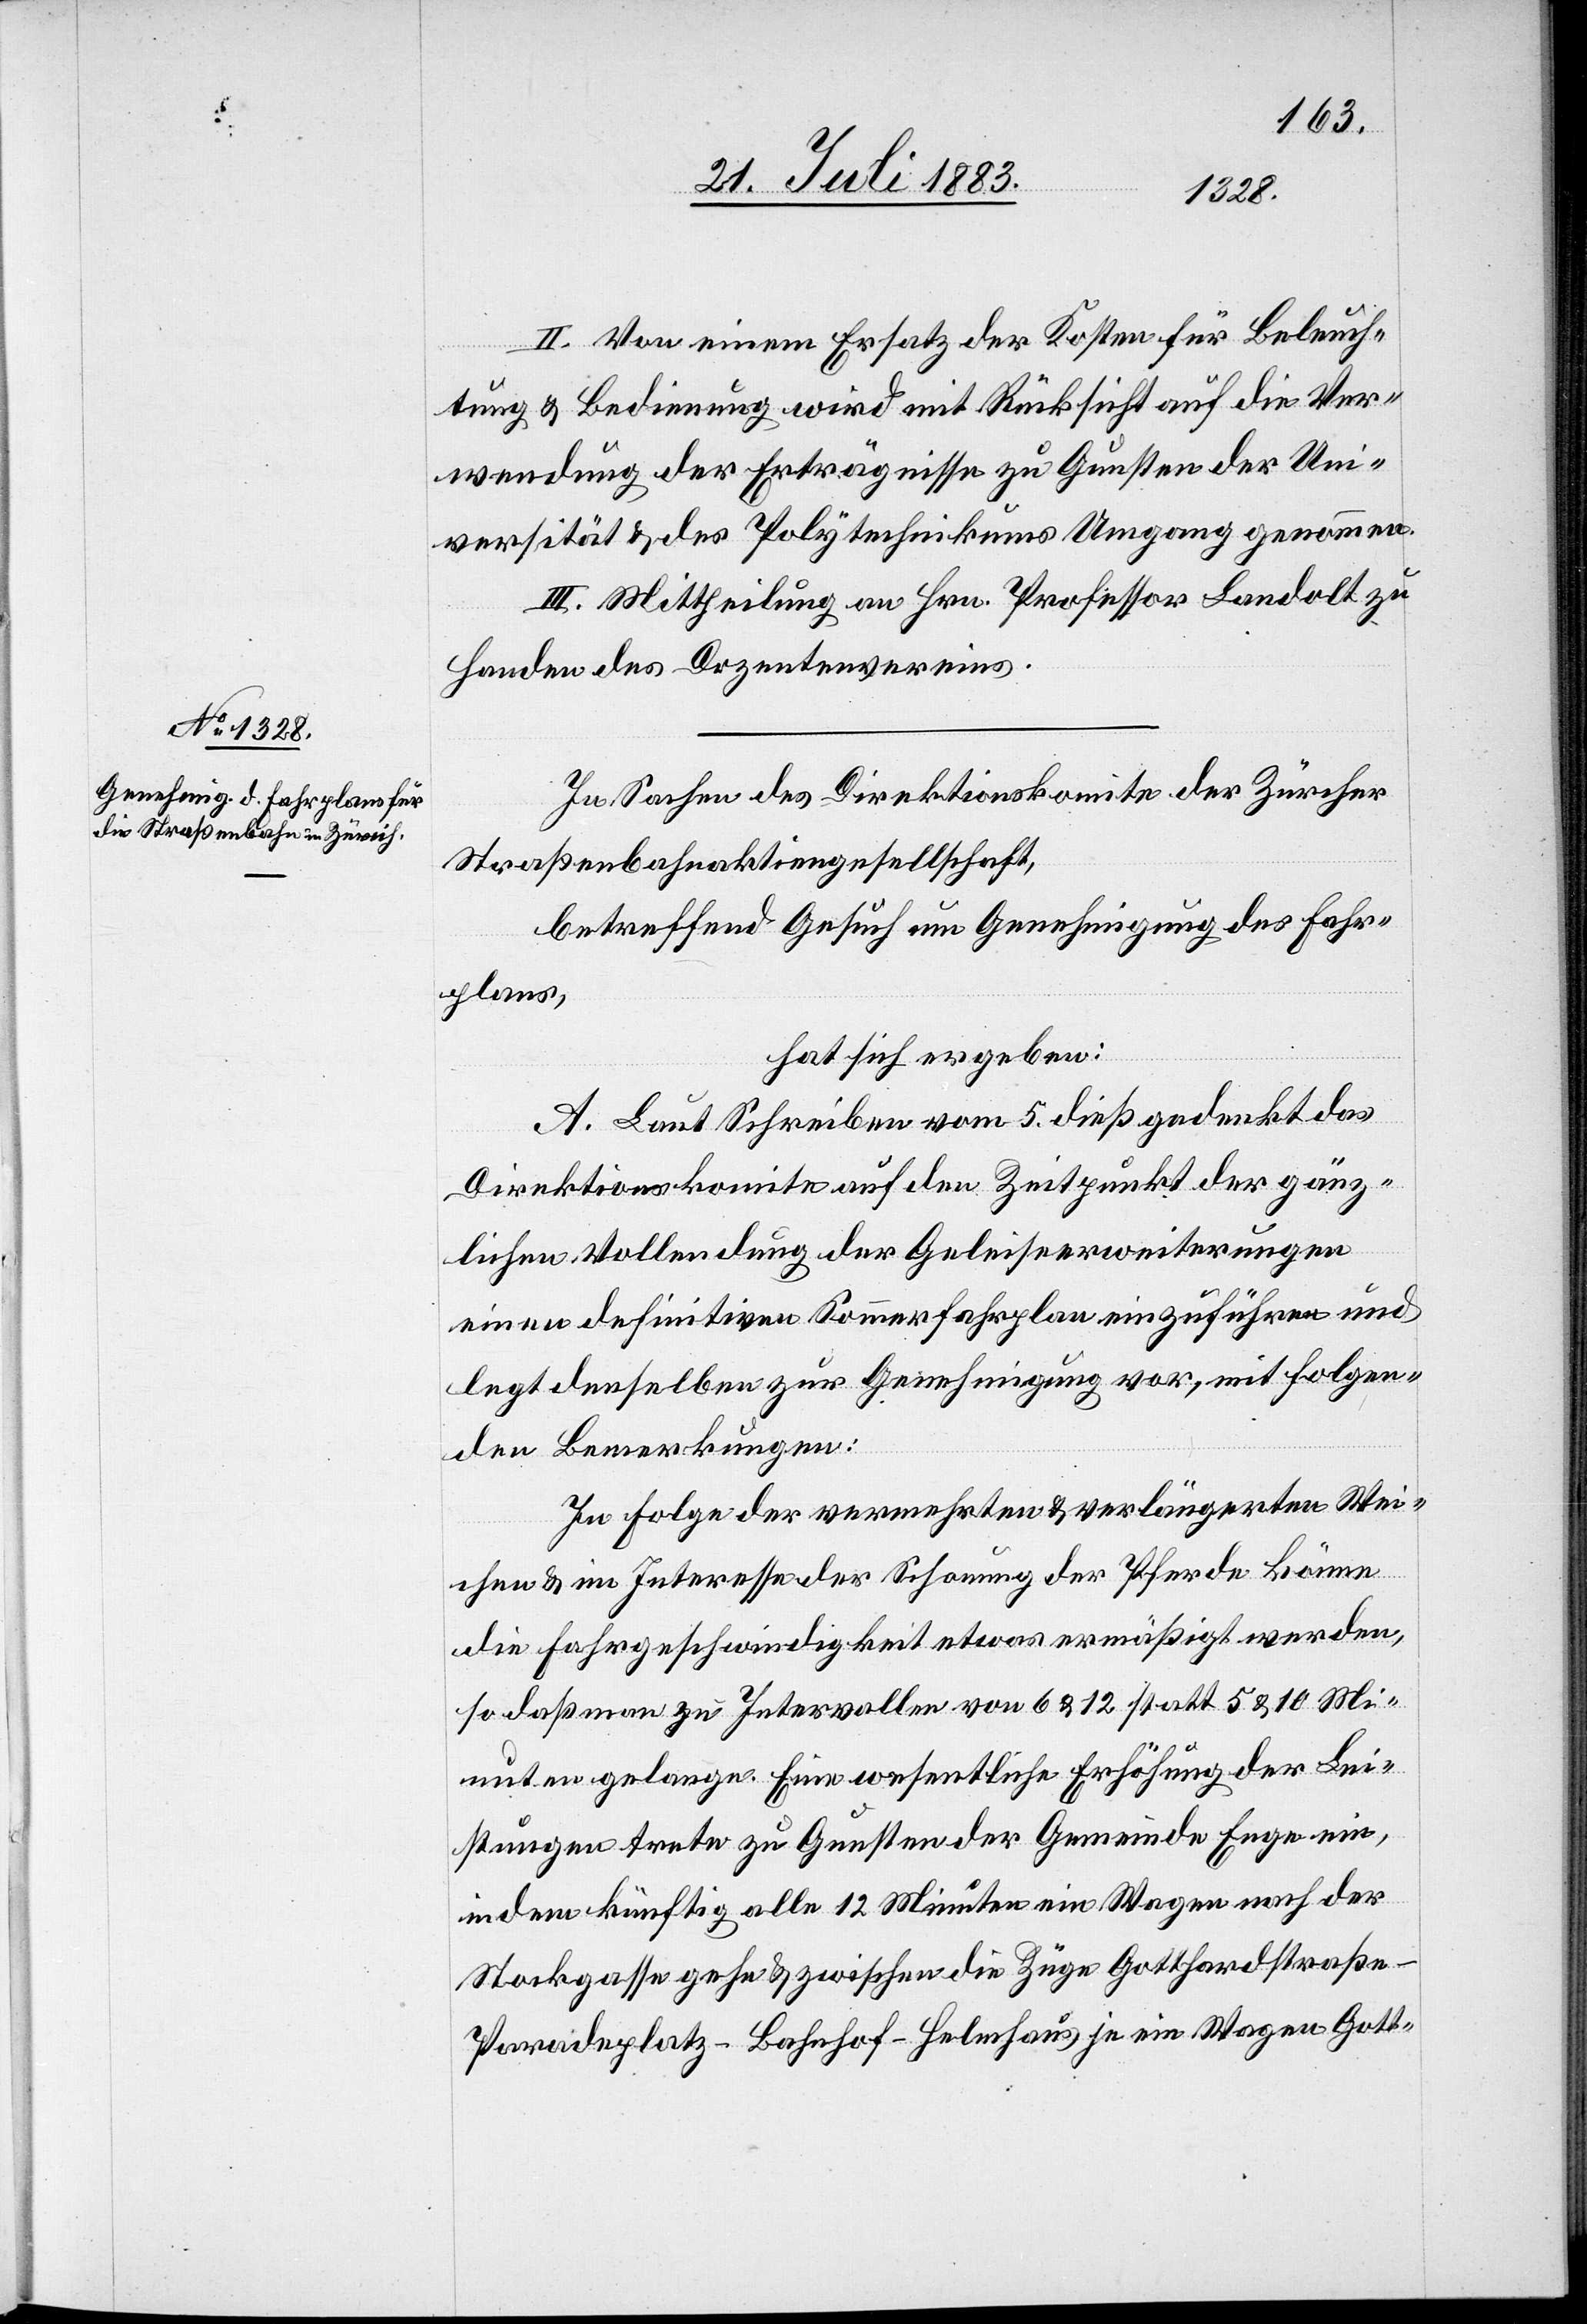
II. Von einem Ersatz der Kosten für Beleuch¬
tung & Bedienung wird mit Rücksicht auf die Ver¬
wendung der Erträgnisse zu Gunsten der Uni¬
versität & des Polytechnikums Umgang genommen.
III. Mittheilung an Hrn. Professor Landolt zu
Handen des Dozentenvereins.
In Sachen des Direktionskomite der Zürcher
Straßenbahnaktiengesellschaft,
betreffend Gesuch um Genehmigung des Fahr¬
planes,
hat sich ergeben:
A. Laut Schreiben vom 5. dieß gedenkt das
Direktionskomite auf den Zeitpunkt der gänz¬
lichen Vollendung der Geleiseerweiterungen
einen definitiven Sommerfahrplan einzuführen und
legt denselben zur Genehmigung vor, mit folgen¬
den Bemerkungen:
In Folge der vermehrten & verlängerten Wei¬
chen & im Interesse der Schonung der Pferde könne
die Fahrgeschwindigkeit etwas ermäßigt werden,
so daß man zu Intervallen von 6 & 12 statt 5 & 10 Mi¬
nuten gelange. Eine wesentliche Erhöhung der Lei¬
stungen trete zu Gunsten der Gemeinde Enge ein,
indem künftig alle 12 Minuten ein Wagen nach der
Stockgasse gehe & zwischen die Züge Gotthardstraß¬
e–Paradeplatz–Bahnhof–Helmhaus je ein Wagen Gott-